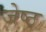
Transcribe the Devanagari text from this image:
जेष्‍ठ